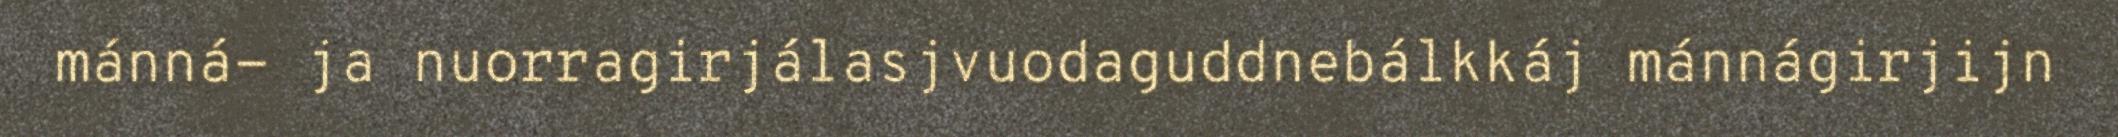
mánná- ja nuorragirjálasjvuodaguddnebálkkáj mánnágirjijn